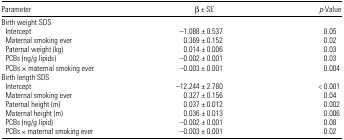
| Parameter | β ± SE | p-Value |
 | --- | --- | --- |
 | <COLSPAN=3> Birth weight SDS |
 | Intercept | −1.088 ± 0.537 | 0.05 |
 | Maternal smoking ever | 0.369 ± 0.152 | 0.02 |
 | Paternal weight (kg) | 0.014 ± 0.006 | 0.03 |
 | PCBs (ng/g lipids) | −0.002 ± 0.001 | 0.03 |
 | PCBs × maternal smoking ever | −0.003 ± 0.001 | 0.004 |
 | <COLSPAN=3> Birth length SDS |
 | Intercept | −12.244 ± 2.780 | < 0.001 |
 | Maternal smoking ever | 0.327 ± 0.156 | 0.04 |
 | Paternal height (m) | 0.037 ± 0.012 | 0.002 |
 | Maternal height (m) | 0.036 ± 0.013 | 0.006 |
 | PCBs (ng/g lipid) | −0.002 ± 0.001 | 0.08 |
 | PCBs × maternal smoking ever | −0.003 ± 0.001 | 0.02 |